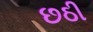
છઠી